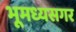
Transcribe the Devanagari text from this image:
भूमध्यसगर